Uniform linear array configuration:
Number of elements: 32
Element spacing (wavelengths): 0.75
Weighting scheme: hann
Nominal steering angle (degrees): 15
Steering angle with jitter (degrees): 13.289
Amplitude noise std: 0.05
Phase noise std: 0.05

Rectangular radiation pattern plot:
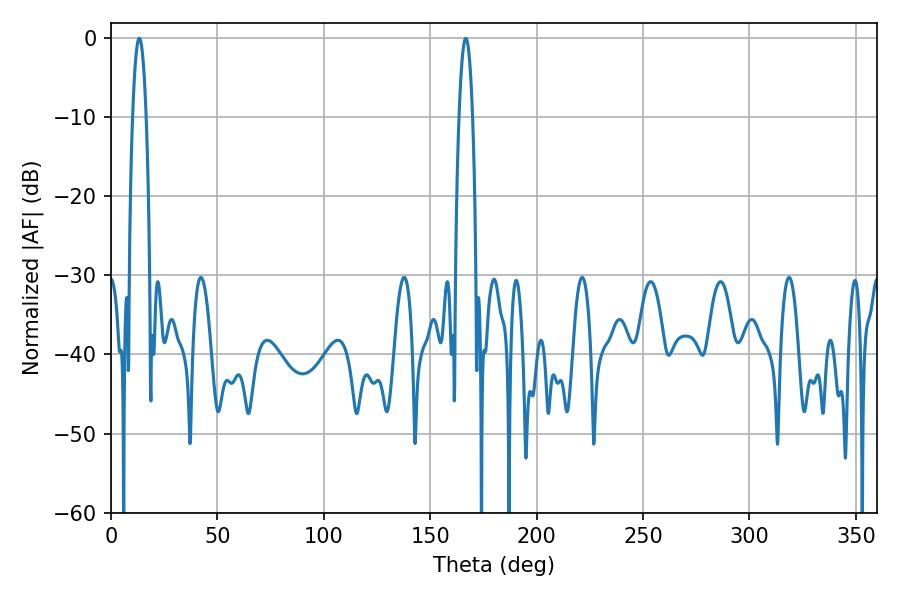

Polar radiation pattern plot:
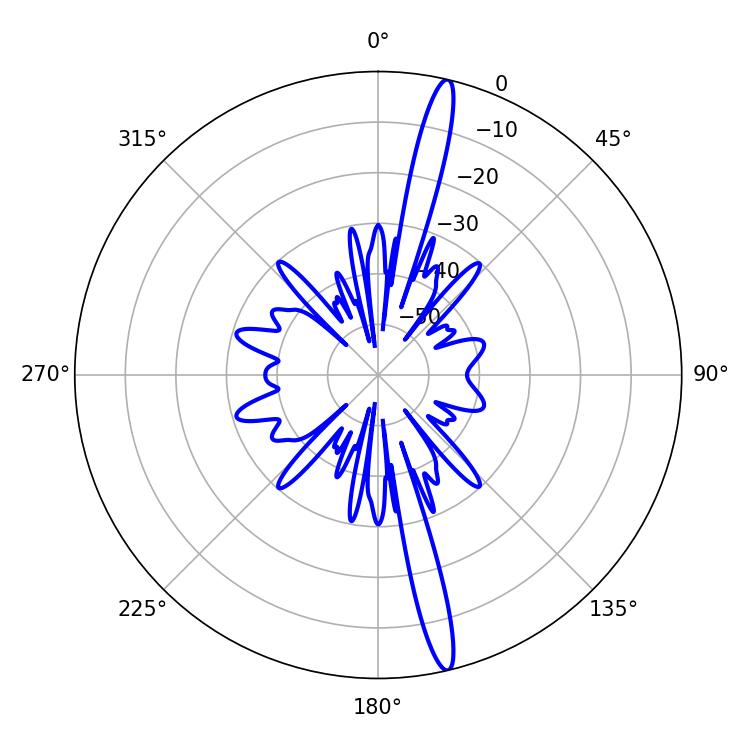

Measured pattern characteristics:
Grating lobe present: TRUE
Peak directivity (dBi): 18.183
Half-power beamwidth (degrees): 3.6
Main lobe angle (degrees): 166.68